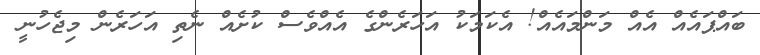
ބައްޕައެއް އެއް މަންމައެއް! އެކަމަކު އަހަރެންގެ އެއްވެސް ކުށެއް ނެތި އަހަރެން މިޖެހުނީ